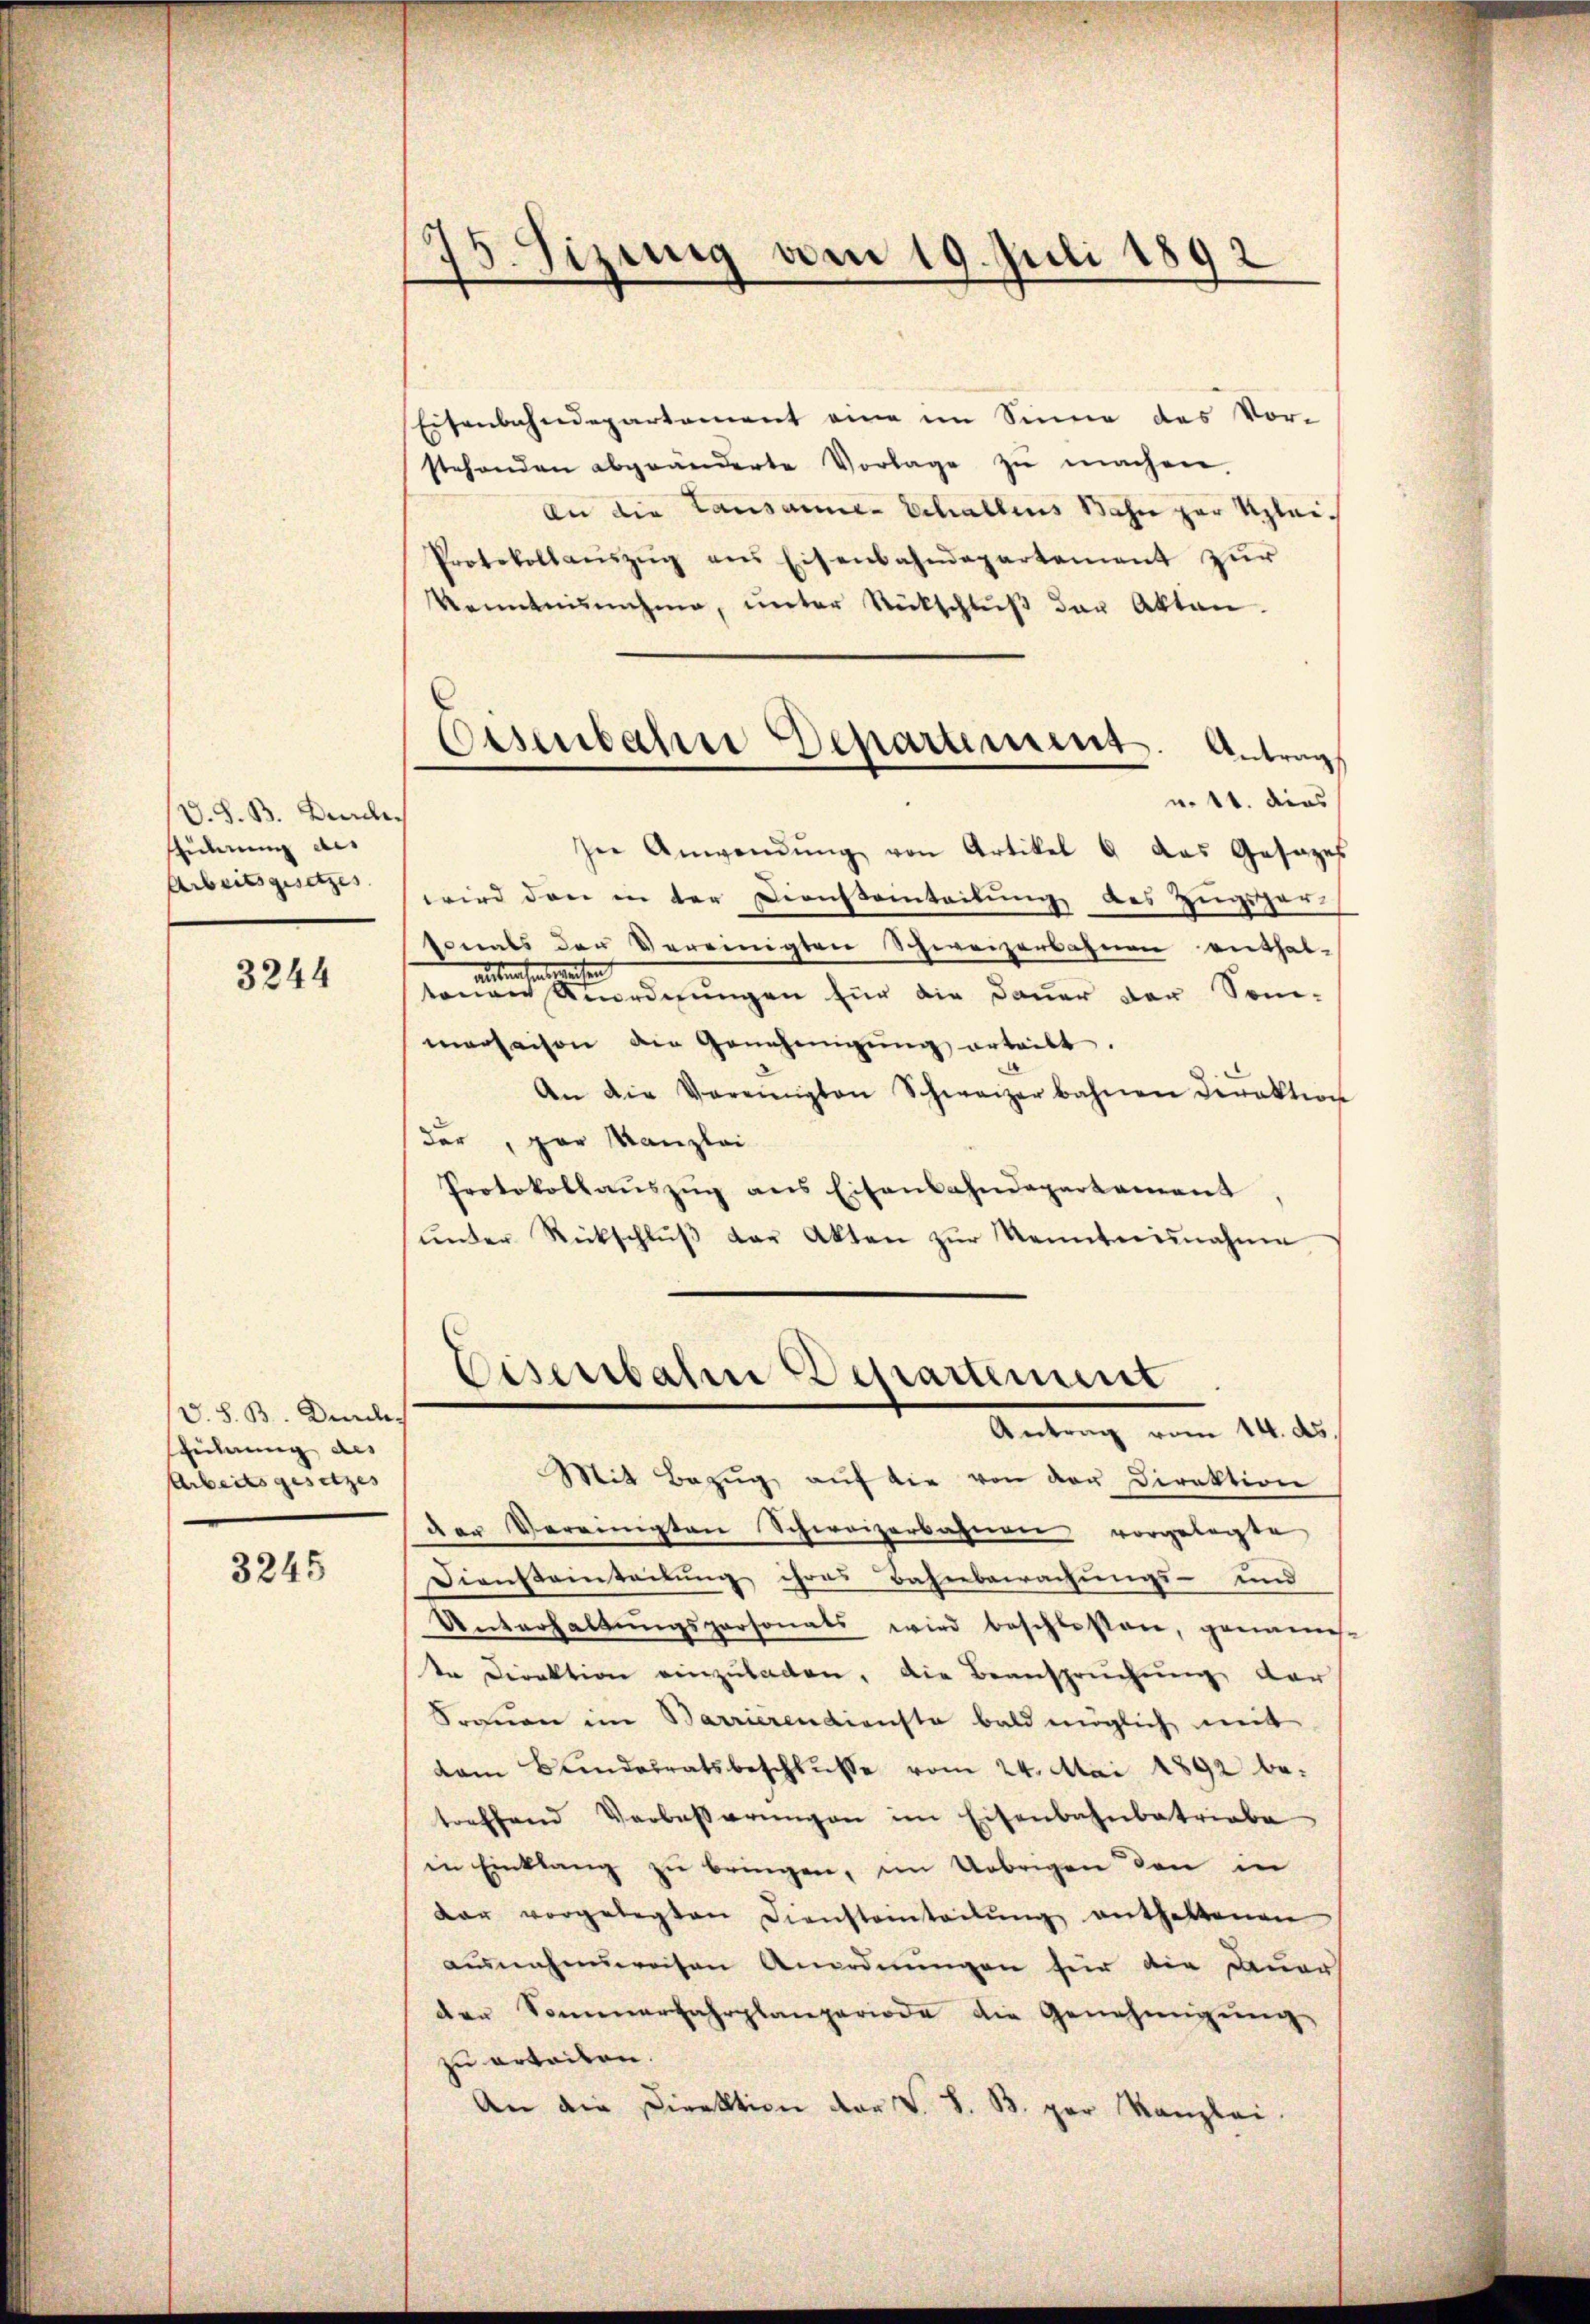
(V. S. B. Bruch.
siderin als
Arbeitsgesetzes.

3244

V. S. B. Durch
sführung als
Arbeits gesetzes

3245

15. Sizung vom 19. Juli 1892

Eisenbahre Departement. Antrag
v. 11. dies

Eisenbahndepartement eine im Sinne des Vor-
stehenden abgeänderte Vorlage zŭ machen.
An die Lausanne Schallens Bahn zur Klei¬
Protokollaŭszŭg ans Eisenbahndepartement zŭr
Kenntnisnahme, ŭnter Rückschlŭβ der Akten.
ser Anwendŭng von Artikel 6 das Gesezes
wird dann in der Dienstanteilung des Zugsper-
sonals der Vereinigten Schweizerbahnen enthal-
ausma
tenger Anordnungen für die Dauer der Som-
maraison der Genehmigŭng erteilt.
An die Vereinigten Schweizerbahnen Direktion
der, par Kanzlei
Protokollaŭszŭg ans Eisenbahndepartement
ŭnter Rückschlŭβ der Akten zŭr Kenntnisnahme
Eisenbahn Departement
Antrag vom 14. ds
Mit Bezug auf die von der Direktion
der Vereinigten Schweizerbahnen vorgelegte
Diensteinteilung ihres Bahnbewachungs- und
Unterhaltŭngspersonats wird beschlossen, genannes.
te Direktion einzuladen, die Beanspruchung der
Srauen im Barrierendienste bald möglich mit
vom Bundesratsbeschlusse vom 24. Mai 1892 betreffend Verbaβerŭngen im Eisenbahnbetriebe
in Einklang zŭ bringen, im Uebrigen den in
dar vorgelegten Diensteinteilŭng enthaltenen
ausnahmsweisen Anordnŭngen für die Dauer
der Sommerfahrplanperiode die Genehmigŭng
zu erteilen.
An die Direktion der V. S. B. par Kanzlei